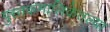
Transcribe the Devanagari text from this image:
पुस्तकमालिकेतल्या